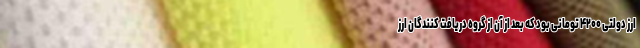
ارز دولتی ۴۲۰۰ تومانی بود که بعد از آن از گروه دریافت کنندگان ارز